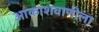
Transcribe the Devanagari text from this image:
आकाशवाणीला